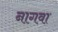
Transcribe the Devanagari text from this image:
नागवा